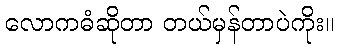
လောကဓံဆိုတာ တယ်မှန်တာပဲကိုး။